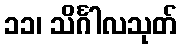
၁၁၊ သိင်္ဂါလသုတ်